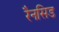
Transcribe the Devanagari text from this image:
रैनसिड